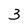
Character: 3